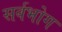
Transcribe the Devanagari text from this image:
सर्वभोग